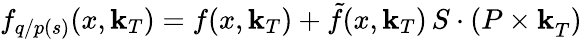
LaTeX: f_{q/p(s)}(x,\mathbf{k}_{T})=f(x,\mathbf{k}_{T})+\tilde{{f}}(x,\mathbf{k}_{T}){\mathbf{\,} S\cdot(P\times\mathbf{k}}_{T})